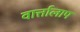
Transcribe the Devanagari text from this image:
वार्त्तालाप